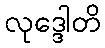
လုဒ္ဒေါတိ